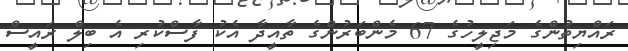
ރައްޔިތުންގެ މަޖިލީހުގެ 67 މެންބަރުންގެ ތާއީދާ އެކު ފާސްކުރި އެ ބިލް ރައީސް